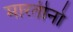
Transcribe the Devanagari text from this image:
मारतीनो